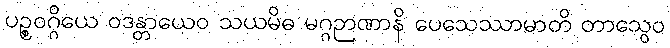
ပဉ္စဝဂ္ဂိယေ ဝဒန္တာယေဝ သယမိဓ မဂ္ဂဉာဏာနိ ပေသေဿာမာတိ တာသွေဝ